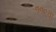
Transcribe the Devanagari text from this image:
११९वा